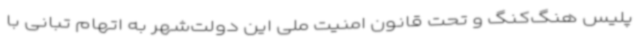
پلیس هنگ‌کنگ و تحت قانون امنیت ملی این دولت‌شهر به اتهام تبانی با